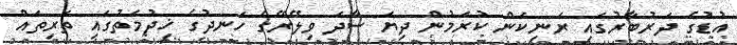
އުޑުގެ ދަރުބާރުގައި ރަނިކަން ކުރަމުން ދިޔަ ސާދަ ވިލޭރޭގެ ހަނދުގެ ޚިދުމަތުގައި ތަރިތައް